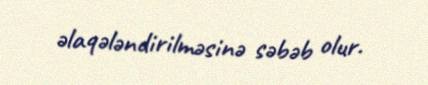
əlaqələndirilməsinə səbəb olur.